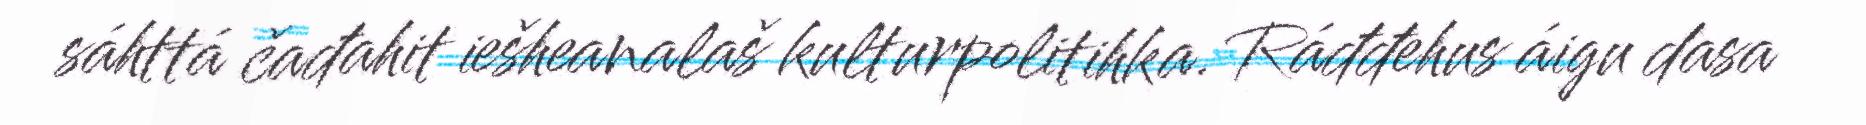
sáhttá čađahit iešheanalaš kulturpolitihka. Ráđđehus áigu dasa